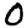
Digit: 0